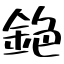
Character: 銫